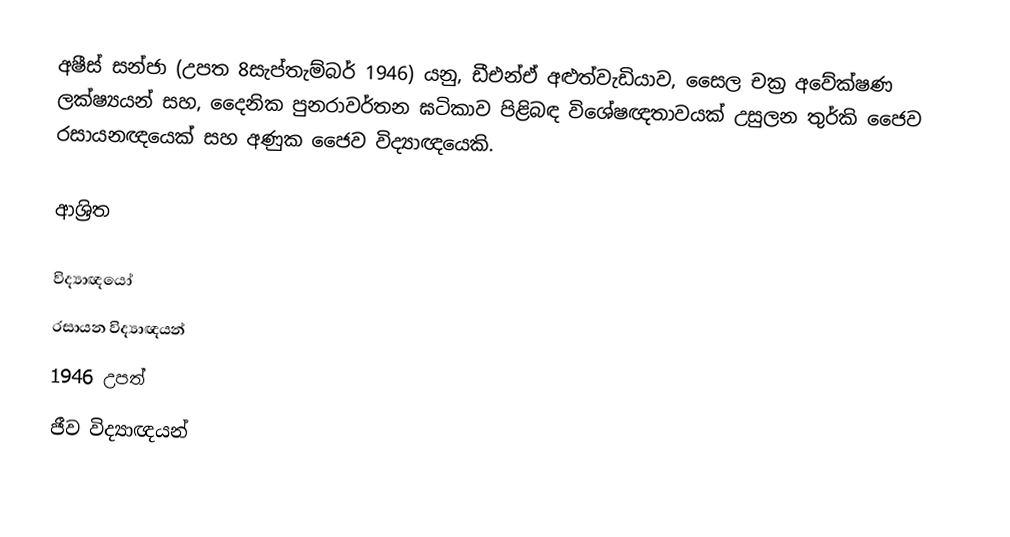
අෂීස් සන්ජා (උපත 8සැප්තැම්බර් 1946) යනු,  ඩීඑන්ඒ අළුත්වැඩියාව, සෛල චක්‍ර අවේක්ෂණ ලක්ෂ්‍යයන් සහ, දෛනික පුනරාවර්තන ඝටිකාව පිළිබඳ විශේෂඥතාවයක් උසුලන  තුර්කි ජෛව රසායනඥයෙක් සහ  අණුක ජෛව විද්‍යාඥයෙකි.

ආශ්‍රිත

විද්‍යාඥයෝ
රසායන විද්‍යාඥයන්
1946 උපත්
ජීව විද්‍යාඥයන්